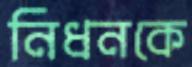
নিধনকে